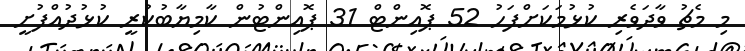
މި މެޗު ވާދަވެރި ކުޅުމަކަށްފަހު 52 ޕޮއިންޓް 31 ޕޮއިންޓުން ކާމިޔާބުކުރީ ކުޅުދުއްފުށީ